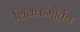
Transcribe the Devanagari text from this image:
शिक्कमोर्तब